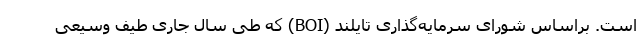
است. براساس شورای سرمایه‌گذاری تایلند (BOI) که طی سال جاری طیف وسیعی